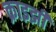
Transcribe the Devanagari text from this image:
क्राइझी